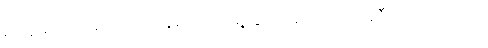
ရုပ်ဆိုးတာကတော့ လင်နဲ့မယား ရှေ့သွား နောက်လိုက် ညီကြပါပေတယ်။